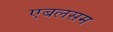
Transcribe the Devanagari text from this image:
एबलसम